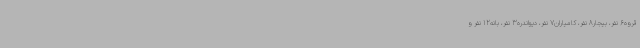
قروه6 نفر، بیجار8 نفر، کامیاران7 نفر، دیواندره3 نفر، بانه12 نفر و